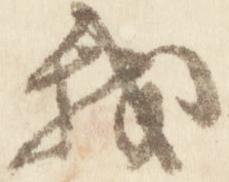
我